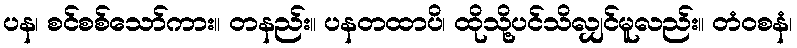
ပန၊ စင်စစ်သော်ကား။ တနည်း။ ပနတထာပိ၊ ထိုသို့ပင်သိလျှင်မူလည်း။ တံဝစနံ၊